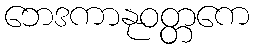
ဘေဒကာနုဝတ္တကေ